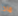
ماذا